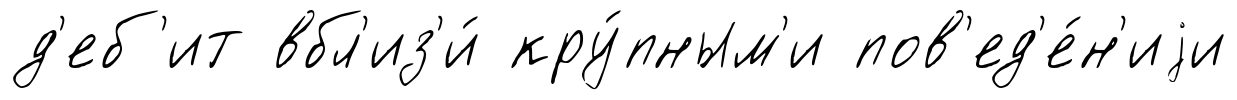
д'еб'ит вбл'из'и́ кру́пным'и пов'ед'е́н'иjи